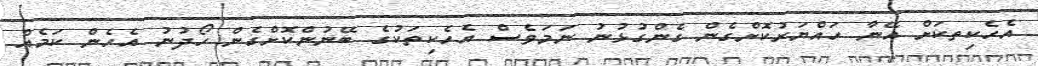
އެހެކިތކަށް އޭނާ ހައްޔަރުކޮށްގެން ގެންގުޅުނު ނަމަވެސް އެހެކިތަކުގެ ބޭނުންކޮށްގެން ހޯދުނު އެހެން ކަމެއް